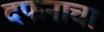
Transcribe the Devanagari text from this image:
दफनाचा